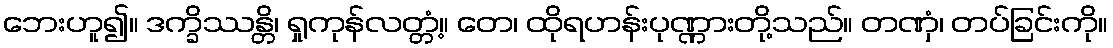
ဘေးဟူ၍။ ဒက္ခိဿန္တိ၊ ရှုကုန်လတ္တံ့။ တေ၊ ထိုရဟန်းပုဏ္ဏားတို့သည်။ တဏှံ၊ တပ်ခြင်းကို။